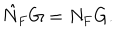
\hat { N } _ { \mathrm { F } } G = N _ { \mathrm { F } } G .